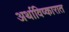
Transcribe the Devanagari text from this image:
अर्थाविष्कारात